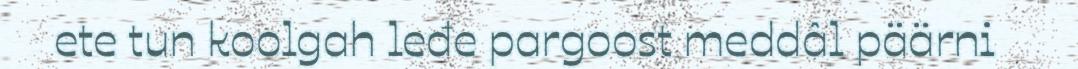
ete tun koolgah leđe pargoost meddâl päärni